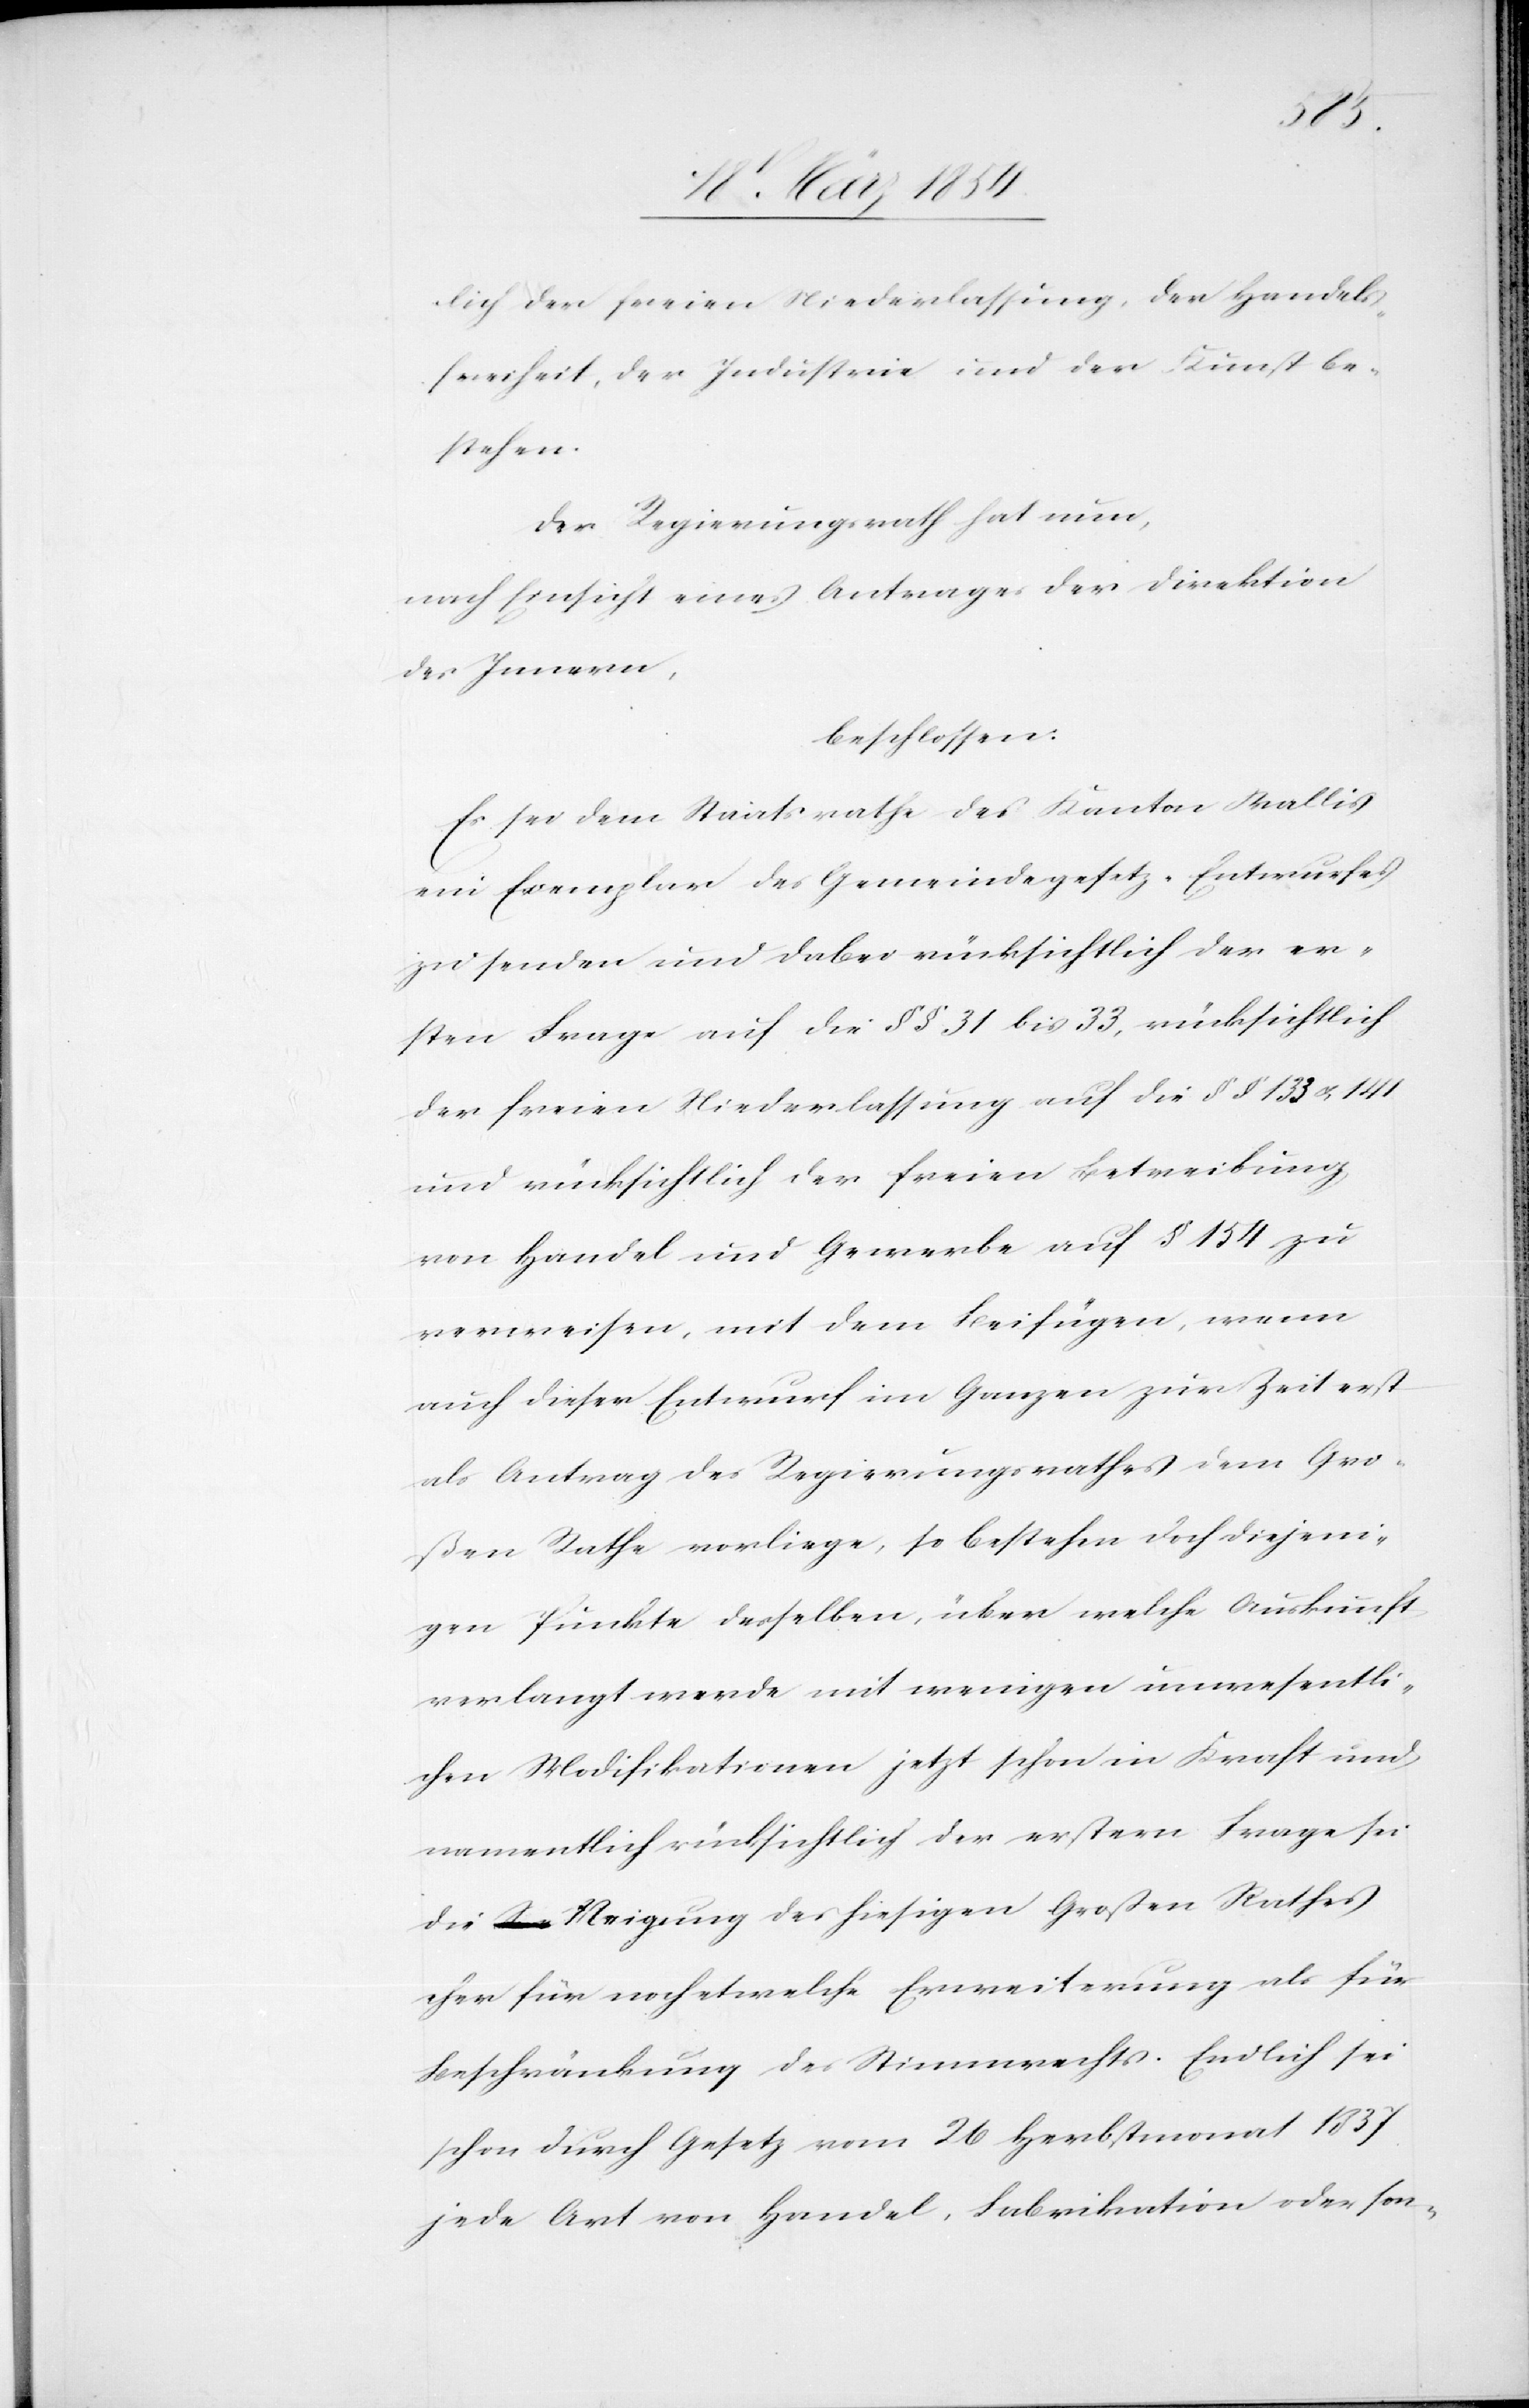
lich der freien Niederlassung, der Handels¬
freiheit, der Industrie und der Kunst be¬
stehen.
Der Regierungsrath hat nun,
nach Einsicht eines Antrages der Direktion
des Innern,
beschlossen:
Es sei dem Staatsrathe des Kanton Wallis
ein Exemplar des Gemeindgesetz-Entwurfes
zu senden und dabei rücksichtlich der er¬
sten Frage auf die §§ 31 bis 33, rücksichtlich
der freien Niederlassung auf die §§ 133 u. 141
und rücksichtlich der freien Betreibung
von Handels und Gewerbe auf § 154 zu
verweisen, mit dem Beifügen, wenn
auch dieser Entwurf im Ganzen zur Zeit erst
als Antrag des Regierungsrathes dem Gro¬
ße Rathe vorliege, so bestehen doch diejeni¬
gen Punkte desselben, über welche Auskunft
verlangt werde mit wenigen unwesentli¬
chen Modifikationen jetzt schon in Kraft und
namentlich rücksichtlich der erstern Frage sei
die Neigung des hiesigen Großen Rathes
eher für noch etwelche Erweiterung als für
Beschränkung des Stimmrechts. Endlich sei
schon durch Gesetz vom 26 Herbstmonat 1837
jede Art von Handel, Fabrikation oder son-